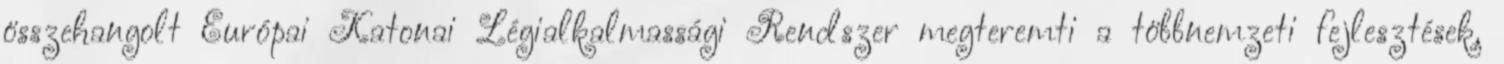
összehangolt Európai Katonai Légialkalmassági Rendszer megteremti a többnemzeti fejlesztések,